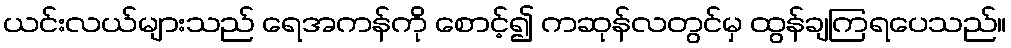
ယင်းလယ်များသည် ရေအကန်ကို စောင့်၍ ကဆုန်လတွင်မှ ထွန်ချကြရပေသည်။